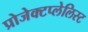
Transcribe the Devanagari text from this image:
प्रोजेक्टप्लेलिस्ट